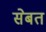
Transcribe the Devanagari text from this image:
सेबत